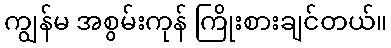
ကျွန်မ အစွမ်းကုန် ကြိုးစားချင်တယ်။